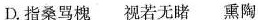
D. 指桑骂槐 视若无睹 熏陶